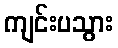
ကျင်းပသွား